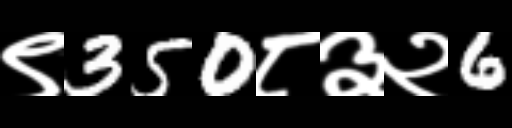
Text: ९350८३२6